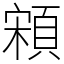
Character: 䫅